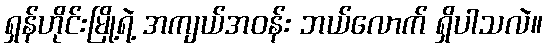
ရှန်ဟိုင်းမြို့ရဲ့ အကျယ်အဝန်း ဘယ်လောက် ရှိပါသလဲ။